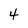
Character: 4